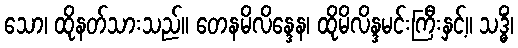
သော၊ ထိုနတ်သားသည်။ တေနမိလိန္ဒေန၊ ထိုမိလိန္ဒမင်းကြီးနှင့်။ သဒ္ဓိံ၊